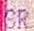
SR